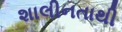
શાલીનતાથી